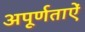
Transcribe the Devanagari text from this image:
अपूर्णताऐं